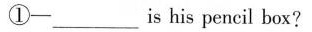
①-___ is his pencil box?